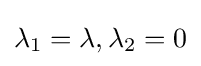
\lambda _{1}=\lambda ,\lambda _{2}=0